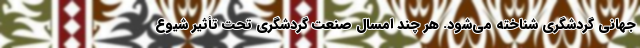
جهانی گردشگری شناخته می‌شود. هر چند امسال صنعت گردشگری تحت تأثیر شیوع